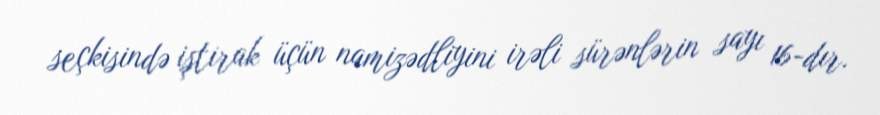
seçkisində iştirak üçün namizədliyini irəli sürənlərin sayı 16-dır.